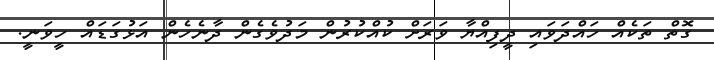
ގޮތް ތަކެއް ހައްދަވައި ދީފިއްޔާ ވަރަށް ކުއްކުރުން މަދުވެގެން ދާނެހެން އަޅުގަޑައް ހީވަނީ.